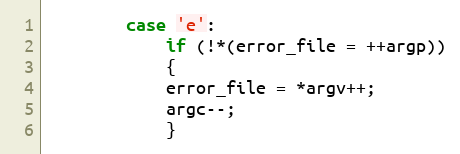
Language: C
		case 'e':
		    if (!*(error_file = ++argp))
		    {
			error_file = *argv++;
			argc--;
		    }